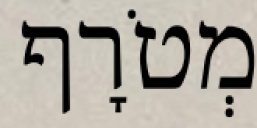
מְטֹרָף